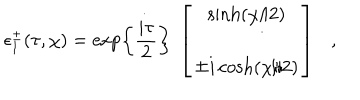
LaTeX: \epsilon _ { 1 } ^ { \pm } ( \tau , \chi ) = \exp \left\{ { \frac { i \tau } { 2 } } \right\} ~ \left[ \begin{array} { c } { { \sinh ( \chi / 2 ) } } \\ { { \mp i \cosh ( \chi / 2 ) } } \\ \end{array} \right] ,